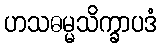
ဟသဓမ္မသိက္ခာပဒံ